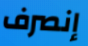
إنصرف